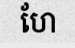
ហែ